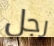
رجل